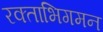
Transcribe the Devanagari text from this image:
रक्ताभिगमन